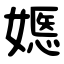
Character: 嫕